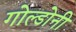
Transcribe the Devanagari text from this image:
गोल्डोनी